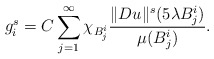
\begin{align*}g_i^s=C\sum_{j=1}^{\infty}\chi_{B_j^i}\frac{\Vert Du\Vert^s(5\lambda B_j^i)}{\mu(B_j^i)}.\end{align*}